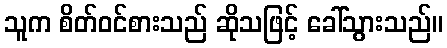
သူက စိတ်ဝင်စားသည် ဆိုသဖြင့် ခေါ်သွားသည်။